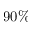
9 0 \%